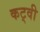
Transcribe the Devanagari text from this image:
कट्वी